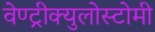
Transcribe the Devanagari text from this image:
वेण्ट्रीक्युलोस्टोमी